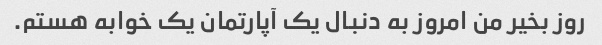
روز بخیر من امروز به دنبال یک آپارتمان یک خوابه هستم.